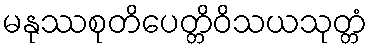
မနုဿစုတိပေတ္တိဝိသယသုတ္တံ